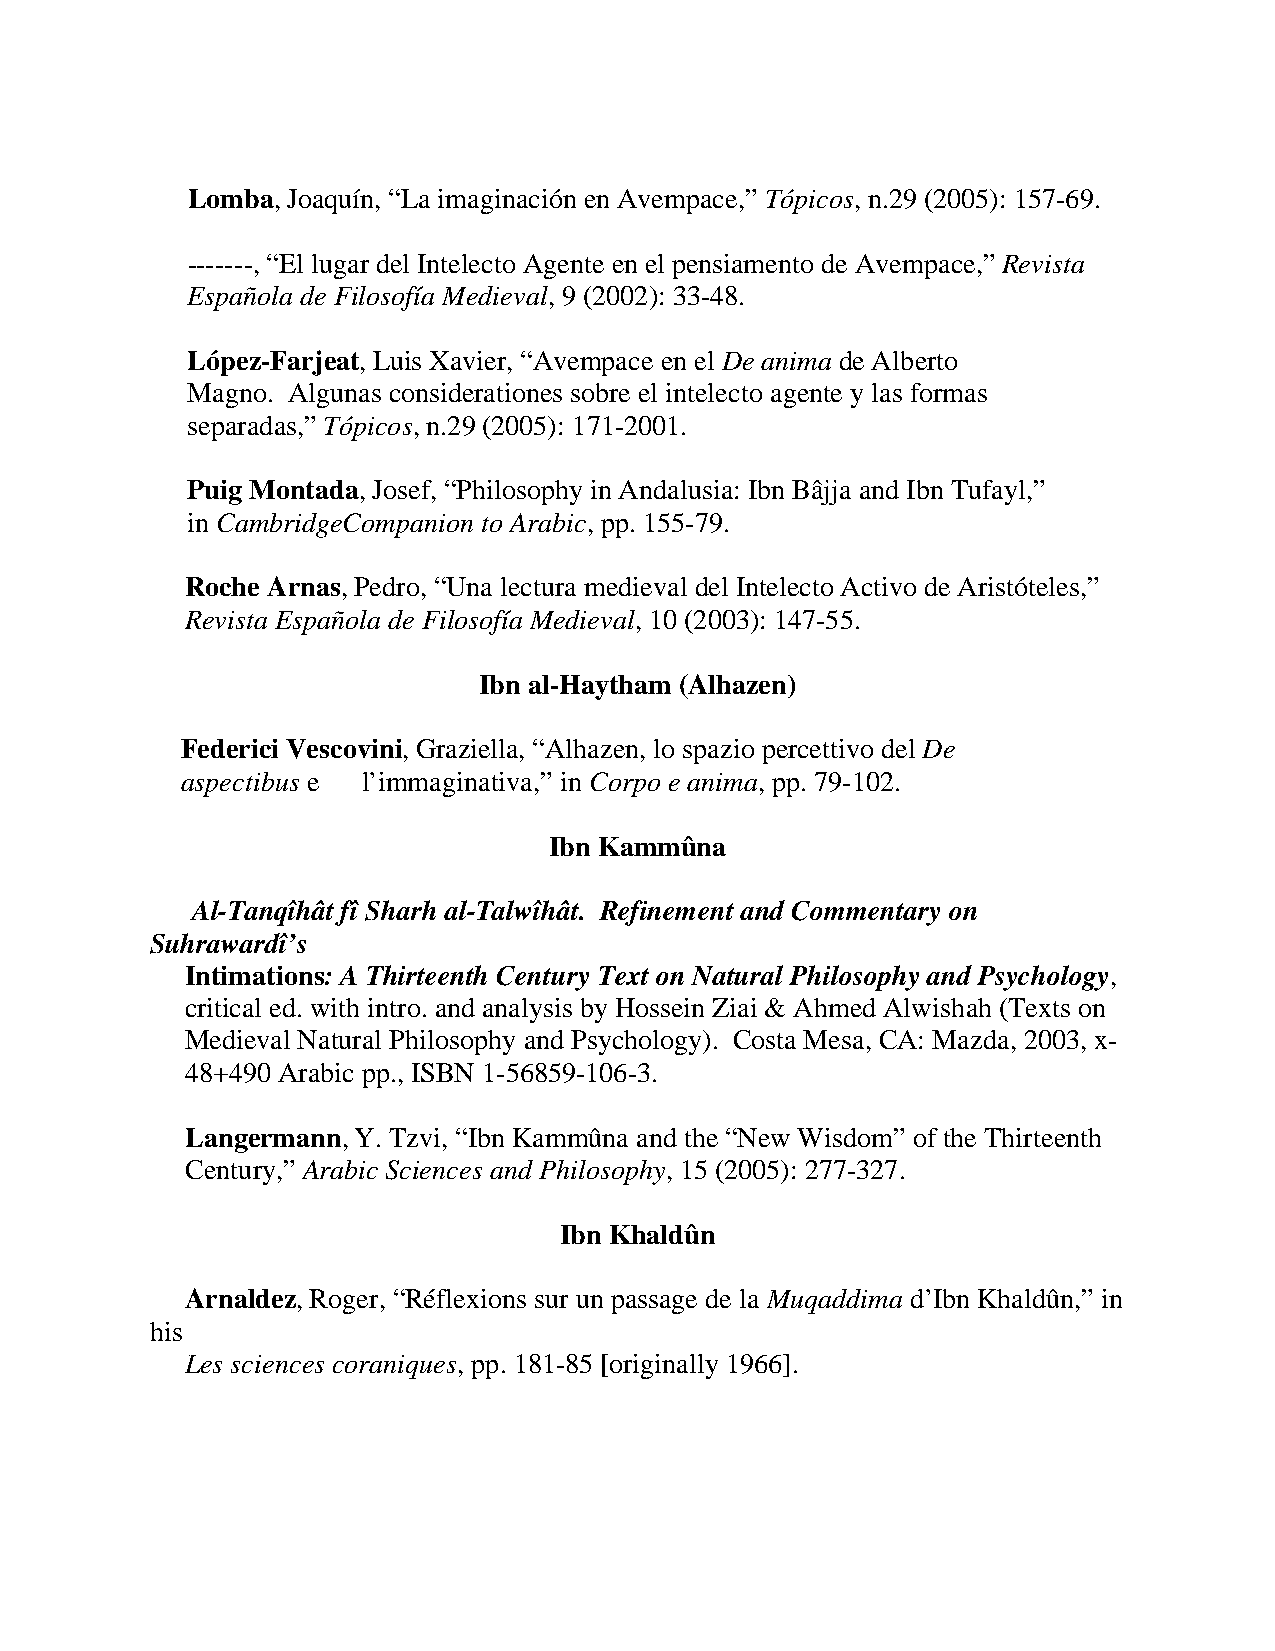
Lomba, Joaquín, “La imaginación en Avempace,” Tópicos, n.29 (2005): 157-69.
 -------, “El lugar del Intelecto Agente en el pensiamento de Avempace,” Revista
 Española de Filosofía Medieval, 9 (2002): 33-48.
 López-Farjeat, Luis Xavier, “Avempace en el De anima de Alberto
 Magno. Algunas considerationes sobre el intelecto agente y las formas
 separadas,” Tópicos, n.29 (2005): 171-2001.
 Puig Montada, Josef, “Philosophy in Andalusia: Ibn Bâjja and Ibn Tufayl,”
 in CambridgeCompanion to Arabic, pp. 155-79.
 Roche Arnas, Pedro, “Una lectura medieval del Intelecto Activo de Aristóteles,”
 Revista Española de Filosofía Medieval, 10 (2003): 147-55.
 Ibn al-Haytham (Alhazen)
 Federici Vescovini, Graziella, “Alhazen, lo spazio percettivo del De
 aspectibus e l’immaginativa,” in Corpo e anima, pp. 79-102.
 Ibn Kammûna
 Al-Tanqîhât fî Sharh al-Talwîhât. Refinement and Commentary on
 Suhrawardî’s
 Intimations: A Thirteenth Century Text on Natural Philosophy and Psychology,
 critical ed. with intro. and analysis by Hossein Ziai & Ahmed Alwishah (Texts on
 Medieval Natural Philosophy and Psychology). Costa Mesa, CA: Mazda, 2003, x-
 48+490 Arabic pp., ISBN 1-56859-106-3.
 Langermann, Y. Tzvi, “Ibn Kammûna and the “New Wisdom” of the Thirteenth
 Century,” Arabic Sciences and Philosophy, 15 (2005): 277-327.
 Ibn Khaldûn
 Arnaldez, Roger, “Réflexions sur un passage de la Muqaddima d’Ibn Khaldûn,” in
 his
 Les sciences coraniques, pp. 181-85 [originally 1966].